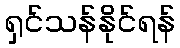
ရှင်သန်နိုင်ရန်